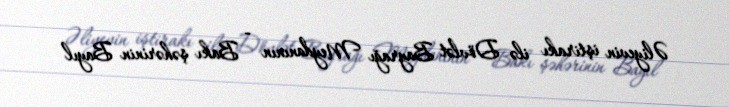
Əliyevin iştirakı ilə Dövlət Bayrağı Meydanının - Bakı şəhərinin Bayıl